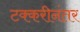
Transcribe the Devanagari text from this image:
टक्करीनंतर